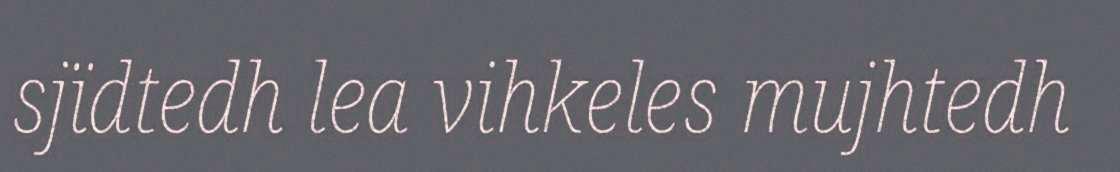
sjïdtedh lea vihkeles mujhtedh